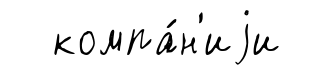
компа́н'иjи